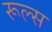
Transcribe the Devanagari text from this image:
रूल्‍स